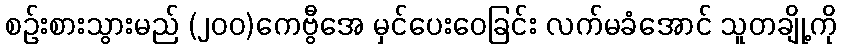
စဉ်းစားသွားမည် (၂၀၀)ကေဗွီအေ မှင်ပေးဝေခြင်း လက်မခံအောင် သူတချို့ကို